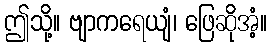
ဤသို့။ ဗျာကရေယျံ၊ ဖြေဆိုအံ့။